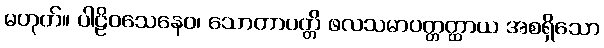
မဟုတ်။ ပါဠိဝသေနေဝ၊ သောတာပတ္တိ ဖလသမာပတ္တတ္ထာယ အစရှိသော